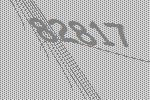
82817